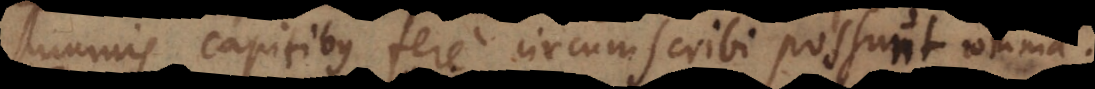
mmis capitibus fere circumscribi possunt omnia.